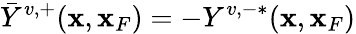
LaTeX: \bar{Y}^{v,+}({\mathbf x},{\mathbf x}_{F})=-Y^{v,-*}({\mathbf x},{\mathbf x}_{F})